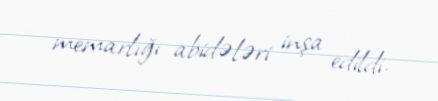
memarlığı abidələri inşa edildi.